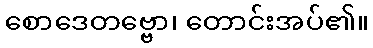
စောဒေတဗ္ဗော၊ တောင်းအပ်၏။